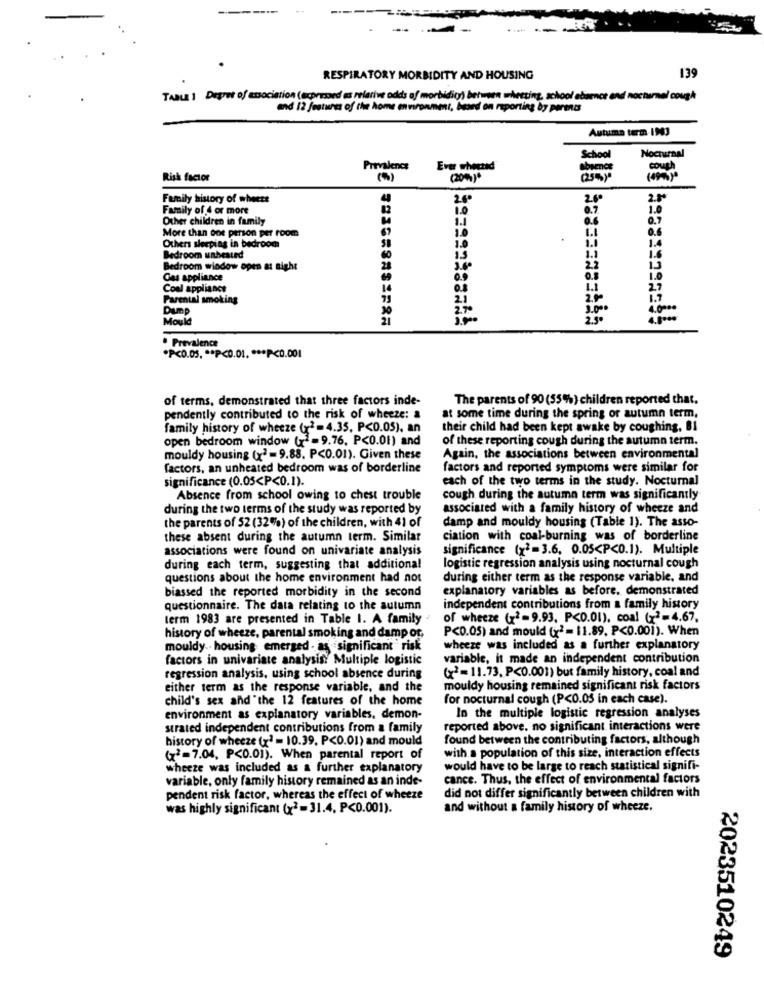
----
.....
RESPIRATORY MORBIDITY AND HOUSING
139
TABLE 1 Degret of association (expresed as relative odds of morbidic) between wheezing, school absence and nocturnal cough
and 12 features of the home environment, based on reporting by parents
Autumn term-1943
School
Nocturnal
Prevalence
cough
Risk factor
( 20 % ) .
(253 1
(49)
Family history of wheets
26
2.6
2.1º
Family of 4 or more
1.0
0.7
1.0
Other children in family
0.6
0.7
67
1.1
0.6
More than one person per room
1.0
1.1
1.
Others sleeping in bedroom
1.1
1.6
Bedroom unheated
IS
2.2
Bedroom window open at night
28
1.00
Cas appliance
Cool appliance
14
1.1
Parental smoking
2.0
Dump
3.00
4.000
Mould
· Prevalence
*P<0.05 .** P<0.01 .*** P<0.001
of terms, demonstrated that three factors inde-
The parents of 90 (55%) children reported that.
pendently contributed to the risk of wheeze: a
at some time during the spring or autumn term,
family history of wheeze (x2=4.35, P<0.05), an
their child had been kept awake by coughing. BI
open bedroom window (x =9.76, P<0.01) and
of these reporting cough during the autumn term.
mouldy housing (x2 =9.88. P<0.01). Given these
Again, the associations between environmental
factors, an unheated bedroom was of borderline
factors and reported symptoms were similar for
significance (0.05<P<0.1).
each of the two terms in the study. Nocturnal
Absence from school owing to chest trouble
cough during the autumn term was significantly
during the two terms of the study was reported by
associated with a family history of wheeze and
the parents of 52 (32%) of the children, with 41 of
damp and mouldy housing (Table 1). The asso-
these absent during the autumn term. Similar
ciation with coal-burning was of borderline
associations were found on univariate analysis
significance (x2=3.6, 0.05<P<0.1). Multiple
during each term, suggesting that additional
logistic regression analysis using nocturnal cough
questions about the home environment had not
during either term as the response variable, and
biassed the reported morbidity in the second
explanatory variables as before, demonstrated
questionnaire. The data relating to the autumn
independent contributions from a family history
term 1983 are presented in Table I. A family
of wheeze (x2=9.93, P<0.01), coal (x2=4.67,
P<0.05) and mould (x2 = 11.89, P<0.001). When
history of wheeze, parental smoking and damp or,
mouldy .. housing emerged - as significant" risk
wheeze was included as a further explanatory
factors in univariate analysis Multiple logistic
variable, it made an independent contribution
regression analysis, using school absence during
(x2=11.73. P<0.001) but family history, coal and
either term as the response variable, and the
mouldy housing remained significant risk factors
child's sex and the 12 features of the home
for nocturnal cough (P<0.05 in each case).
environment as explanatory variables, demon-
In the multiple logistic regression analyses
strated independent contributions from a family
reported above. no significant interactions were
history of wheeze (x2 = 10.39. P<0.01) and mould
found between the contributing factors, although
(x3 = 7.04, P<0.01). When parental report of
with a population of this size, interaction effects
wheeze was included as a further explanatory
would have to be large to reach statistical signifi-
variable, only family history remained as an inde-
cance. Thus, the effect of environmental factors
pendent risk factor, whereas the effect of wheeze
did not differ significantly between children with
was highly significant (x2=31.4, P<0.001).
and without a family history of wheeze.
2023510249